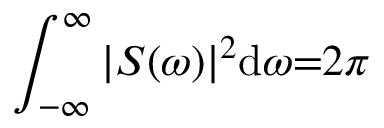
\int _ { - \infty } ^ { \infty } | S ( \omega ) | ^ { 2 } \mathrm { d } \omega { = } 2 \pi